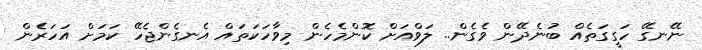
ނޭނގޭ ހަގީގަތެއް ބުނެދޭން ވެގެން.. ލަވްއަށް ކޮންމެހެން މިވާހަކަތައް އެނގެންޖެހޭ ކަމަށް އަހަރެން